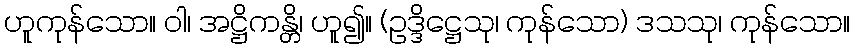
ဟူကုန်သော။ ဝါ၊ အဋ္ဌိကန္တိ၊ ဟူ၍။ (ဥဒ္ဒိဋ္ဌေသု၊ ကုန်သော) ဒသသု၊ ကုန်သော။